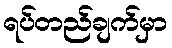
ရပ်တည်ချက်မှာ